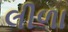
લીળા